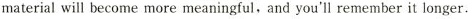
material will become more meaningful, and you'll remember it longer.